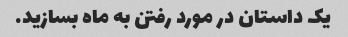
یک داستان در مورد رفتن به ماه بسازید.